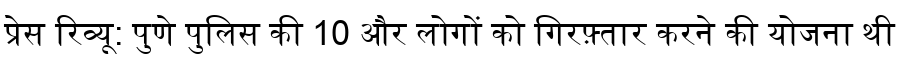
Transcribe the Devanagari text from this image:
प्रेस रिव्यू: पुणे पुलिस की 10 और लोगों को गिरफ़्तार करने की योजना थी